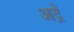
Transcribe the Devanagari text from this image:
आद्रें